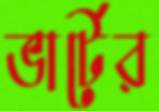
ভার্টের